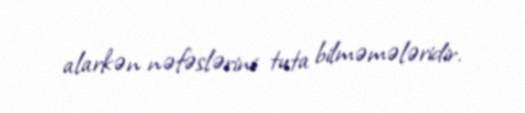
alarkən nəfəslərini tuta bilməmələridir.